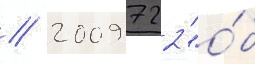
// 2009 722 "о́б